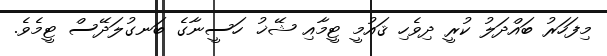
މިފަހަރު ބައްދަލު ކުރީ ދިވެހި ޤައުމީ ޓީމާއި ޝޭޚު ހަސީނާގެ ބަނގުލަދޭސް ޓީމެވެ.